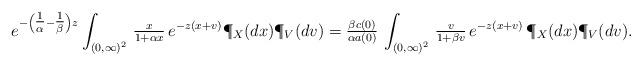
LaTeX: \begin{align*}e^{-\left(\tfrac{1}{\alpha}-\tfrac{1}{\beta}\right)z}\int_{(0,\infty)^2}\,\tfrac{x}{1+\alpha x}\,e^{-z(x+v)}\P_X(dx)\P_V(dv)=\tfrac{\beta c(0)}{\alpha a(0)}\,\int_{(0,\infty)^2}\,\tfrac{v}{1+\beta v}\,e^{-z(x+v)}\,\P_X(dx)\P_V(dv).\end{align*}